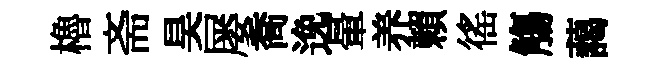
櫓斋昊屡喬𨓜暈养賴徭觴藹